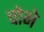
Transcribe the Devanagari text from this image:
चोभे